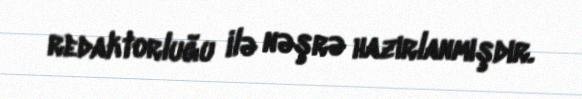
redaktorluğu ilə nəşrə hazırlanmışdır.